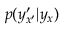
p ( y _ { x ^ { \prime } } ^ { \prime } \vert y _ { x } )